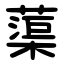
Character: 蕖